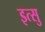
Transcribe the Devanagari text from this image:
इत्सु